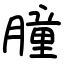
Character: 朣